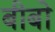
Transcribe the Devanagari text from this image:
बीबो